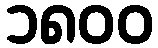
၁၈၀၀